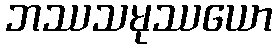
ဘဿသမုဿယော